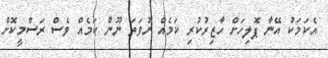
އެކަމަކު އޭނާ ޕޮލިހަށް ހާޒިރުކުރި ކަމެއް ނުވަތަ ނޫން ކަމެއް ވެސް ރަސްމީކޮށް